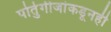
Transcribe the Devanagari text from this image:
पोर्तुगीजांकडूनही